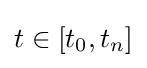
t\in \lbrack t_{0},t_{n}]